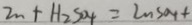
Z n + H _ { 2 } S O _ { 4 } = Z n S O _ { 4 } +